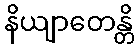
နိယျာတေန္တိ